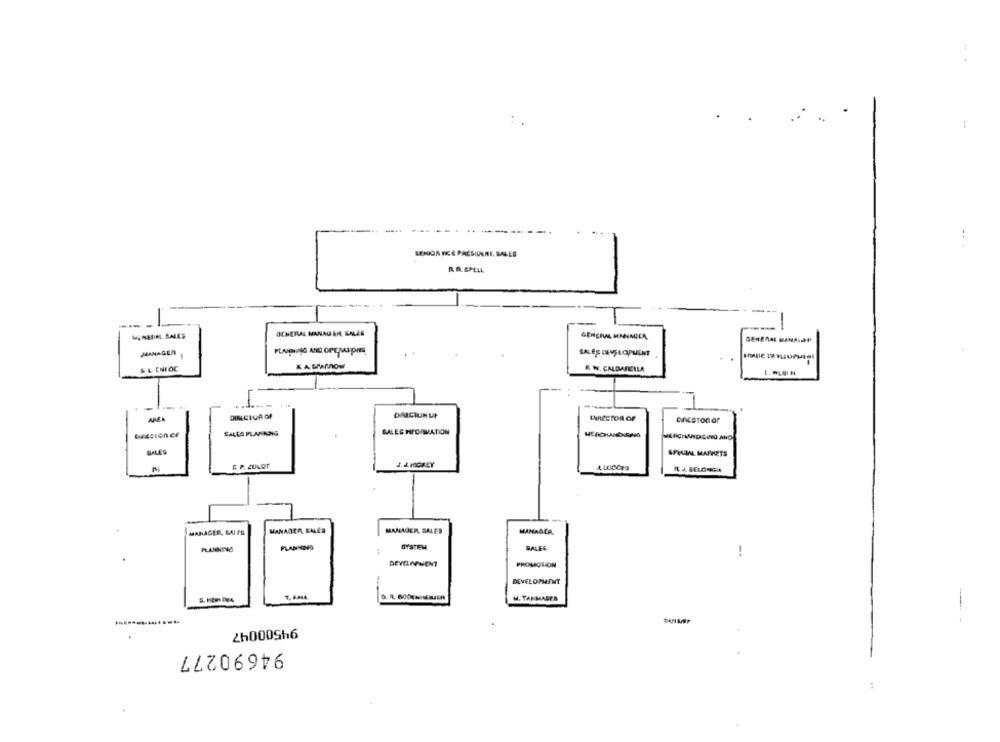
-
.. .
SENIOR VICE PRESIDENI, SALES
-----
-----
OCHERLAL MANAU EN EMLES
" NATAL, SALES
GENERAL BANANA
PLANNING AND OPEMAINS
SALES DEVELOPMENT
KA SPAROW
&L CNIOC
A W. CALDARELLA
1
-
DINCICA OF
DIRECTOR OF
EncsTon or
SALES INFORMATION
SALÇA PLANNING
MERCHANDISING AND
SALES
SPECIAL MARKETS
IL J. BELONGA
MANAGER, GUL FS
MANAGER, BALER
MANAGER SALES
MAMABER.
PLANNING
PLANNED
SYSTEM
SALES
-.
DEVELOPMENT
PHOLIOHON
DEVELOPMENT
5. - De4
H. TANMAGES
94500047
94690277
: